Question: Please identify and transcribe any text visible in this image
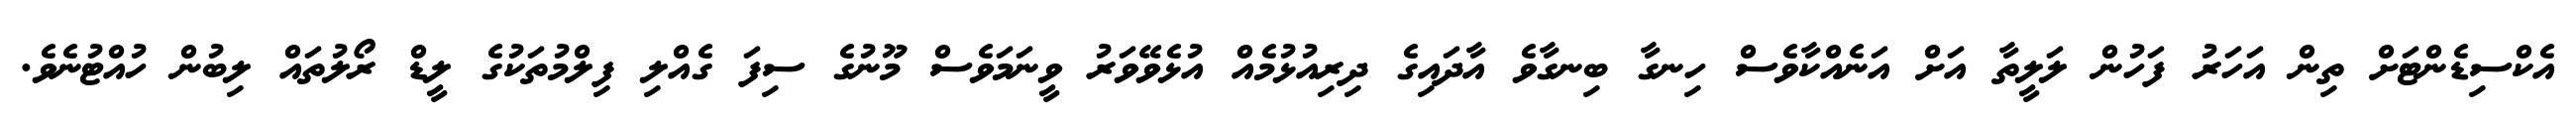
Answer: އެކްސިޑެންޓަށް ތިން އަހަރު ފަހުން ލަލީތާ އަށް އަނެއްކާވެސް ހިނގާ ބިނގާވެ އާދައިގެ ދިރިއުޅުމެއް އުޅެވޭވަރު ވީނަމަވެސް މޫނުގެ ސިފަ ގެއްލި ފިލްމުތަކުގެ ލީޑް ރޯލުތައް ލިބުން ހުއްޓުނެވެ.